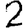
Digit: 2